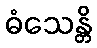
ဓံသေန္တိ